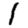
Digit: 1